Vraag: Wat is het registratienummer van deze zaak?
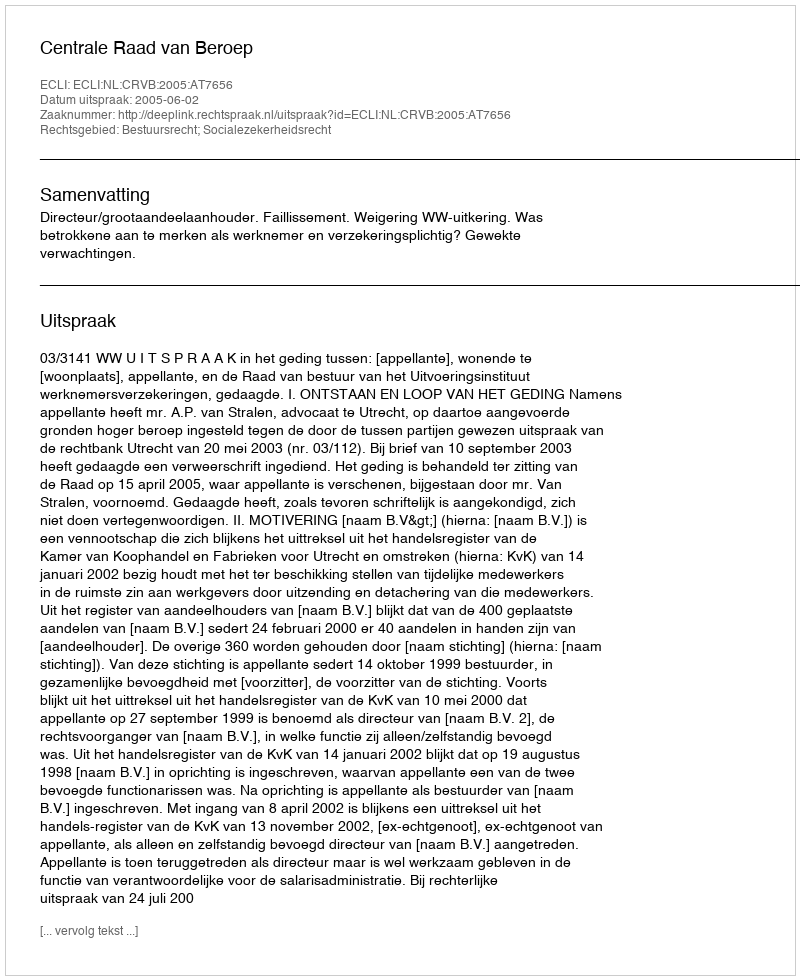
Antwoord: http://deeplink.rechtspraak.nl/uitspraak?id=ECLI:NL:CRVB:2005:AT7656